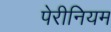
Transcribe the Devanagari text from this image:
पेरीनियम